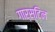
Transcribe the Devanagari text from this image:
गार्स्टिन